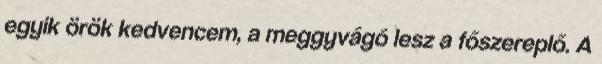
egyik örök kedvencem, a meggyvágó lesz a főszereplő. A